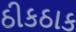
ઠીકઠાક